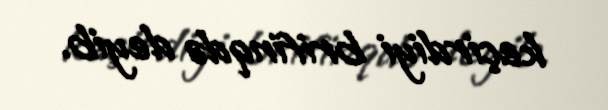
keçirdiyi brifinqdə deyib.